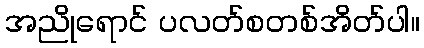
အညိုရောင် ပလတ်စတစ်အိတ်ပါ။